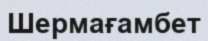
Шермағамбет